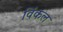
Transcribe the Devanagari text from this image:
विंकल